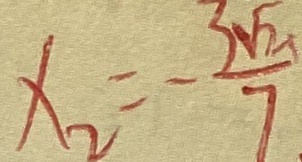
x _ { 2 } = - \frac { 3 \sqrt { 2 } } { 7 }